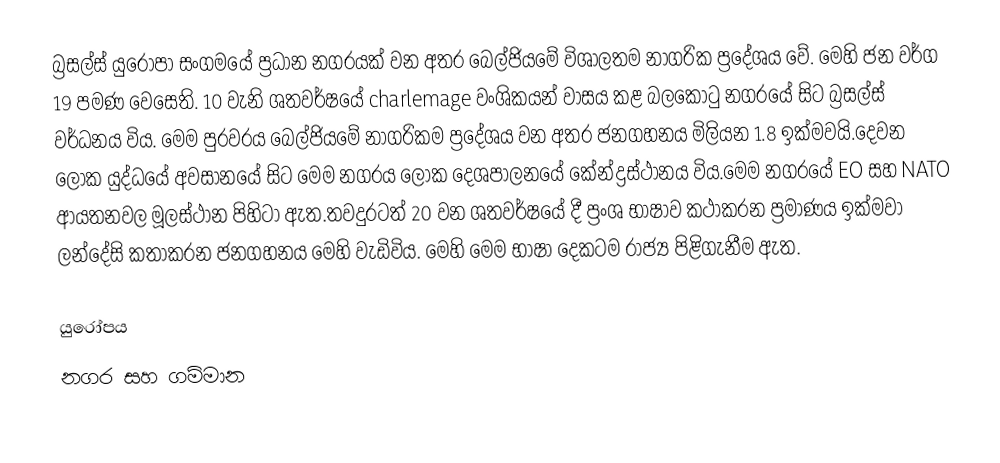
බ්‍රසල්ස් යුරෝපා සංගමයේ ප්‍රධාන නගරයක් වන අතර බෙල්ජියමේ විශාලතම නාගරික ප්‍රදේශය වේ. මෙහි ජන වර්ග 19 පමණ වෙසෙති. 10 වැනි ශතවර්ෂයේ charlemage වංශිකයන් වාසය කළ බලකොටු නගරයේ සිට බ්‍රසල්ස් වර්ධනය විය. මෙම පුරවරය බෙල්ජියමේ නාගරිකම ප්‍රදේශය වන අතර ජනගහනය මිලියන 1.8 ඉක්මවයි.දෙවන ලෝක යුද්ධයේ අවසානයේ සිට මෙම නගරය ලෝක දෙශපාලනයේ කේන්ද්‍රස්ථානය විය.මෙම නගරයේ EO සහ NATO ආයතනවල මූලස්ථාන පිහිටා ඇත.තවදුරටත් 20 වන ශතවර්ෂයේ දී ප්‍රංශ භාෂාව කථාකරන ප්‍රමාණය ඉක්මවා ලන්දේසි කතාකරන ජනගහනය මෙහි වැඩිවිය. මෙහි මෙම භාෂා දෙකටම රාජ්‍ය පිළිගැනීම ඇත.

යුරෝපය
නගර සහ ගම්මාන